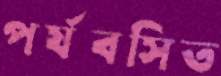
পর্যবসিত